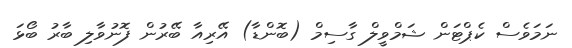
ނަމަވެސް ކެޕްޓަން ޝަމްވީލް ގާސިމް (ބޮންޑާ) އޭރިއާ ބޭރުން ފޮނުވާލި ބާރު ބޯޅަ